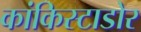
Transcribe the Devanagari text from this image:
कांकिस्टाडोर